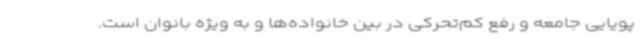
پویایی جامعه و رفع کم‌تحرکی در بین خانواده‌ها و به ویژه بانوان است.